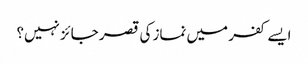
ایسے کفر میں نماز کی قصر جائز نہیں؟